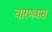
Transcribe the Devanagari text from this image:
चारणवास